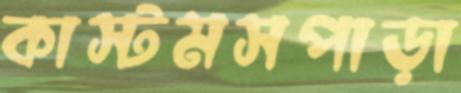
কাস্টমসপাড়া